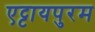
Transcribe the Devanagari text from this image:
एट्टायपुरम